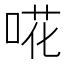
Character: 𠵅